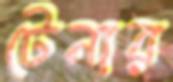
টেনার